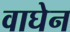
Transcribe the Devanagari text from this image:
वाघेन